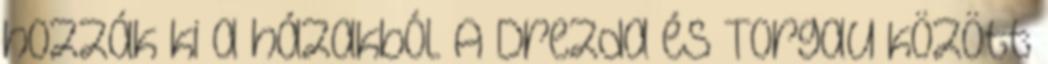
hozzák ki a házakból. A Drezda és Torgau között